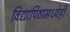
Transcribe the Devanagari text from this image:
विद्यापिठामध्येही